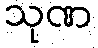
သုဏ